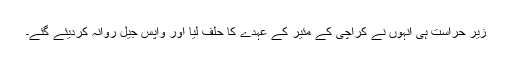
زیر حراست ہی انہوں نے کراچی کے مئیر کے عہدے کا حلف لیا اور واپس جیل روانہ کردیئے گئے۔